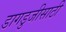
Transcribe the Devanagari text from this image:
डागडुजीसाठी